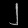
Digit: ၂